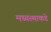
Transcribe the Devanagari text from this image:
मध्यस्थाकडे